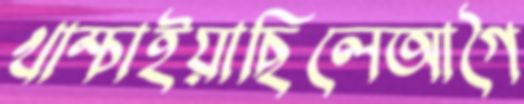
খাম্‌চাইয়াছিলেআগৈ